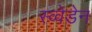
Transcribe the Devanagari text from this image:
स्व्वेडेन